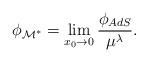
LaTeX: \begin{align*}\phi_{\cal M^*} = \lim_{x_0 \to 0}{\phi_{AdS}\over \mu^{\lambda}}.\end{align*}